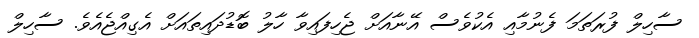
ސާހިލް ފުރަތަމަ ފެނުމާއި އެކުވެސް އޭނާއަށް ޖެހިފައިވާ ހާލު ބޮޑުދައިތައަށް އެގިއްޖެއެވެ. ސާހިލް